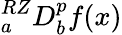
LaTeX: {}_{a}^{RZ}D_{b}^{p}f(x)